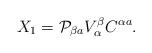
LaTeX: \begin{align*}X_1={\cal P}_{\beta a}V^\beta_\alpha C^{\alpha a}.\end{align*}